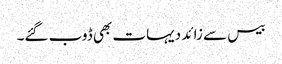
بیس سے زائد دیہات بھی ڈوب گئے۔